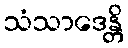
သံသာဒေန္တိ